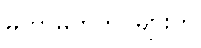
မဟာမိတ်တပ်များက